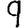
Digit: 9